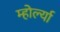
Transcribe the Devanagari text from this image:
म्होर्ल्या